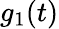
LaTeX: g_{1}(t)